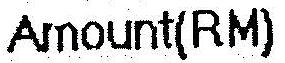
AMOUNT(RM)